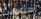
ستتولى